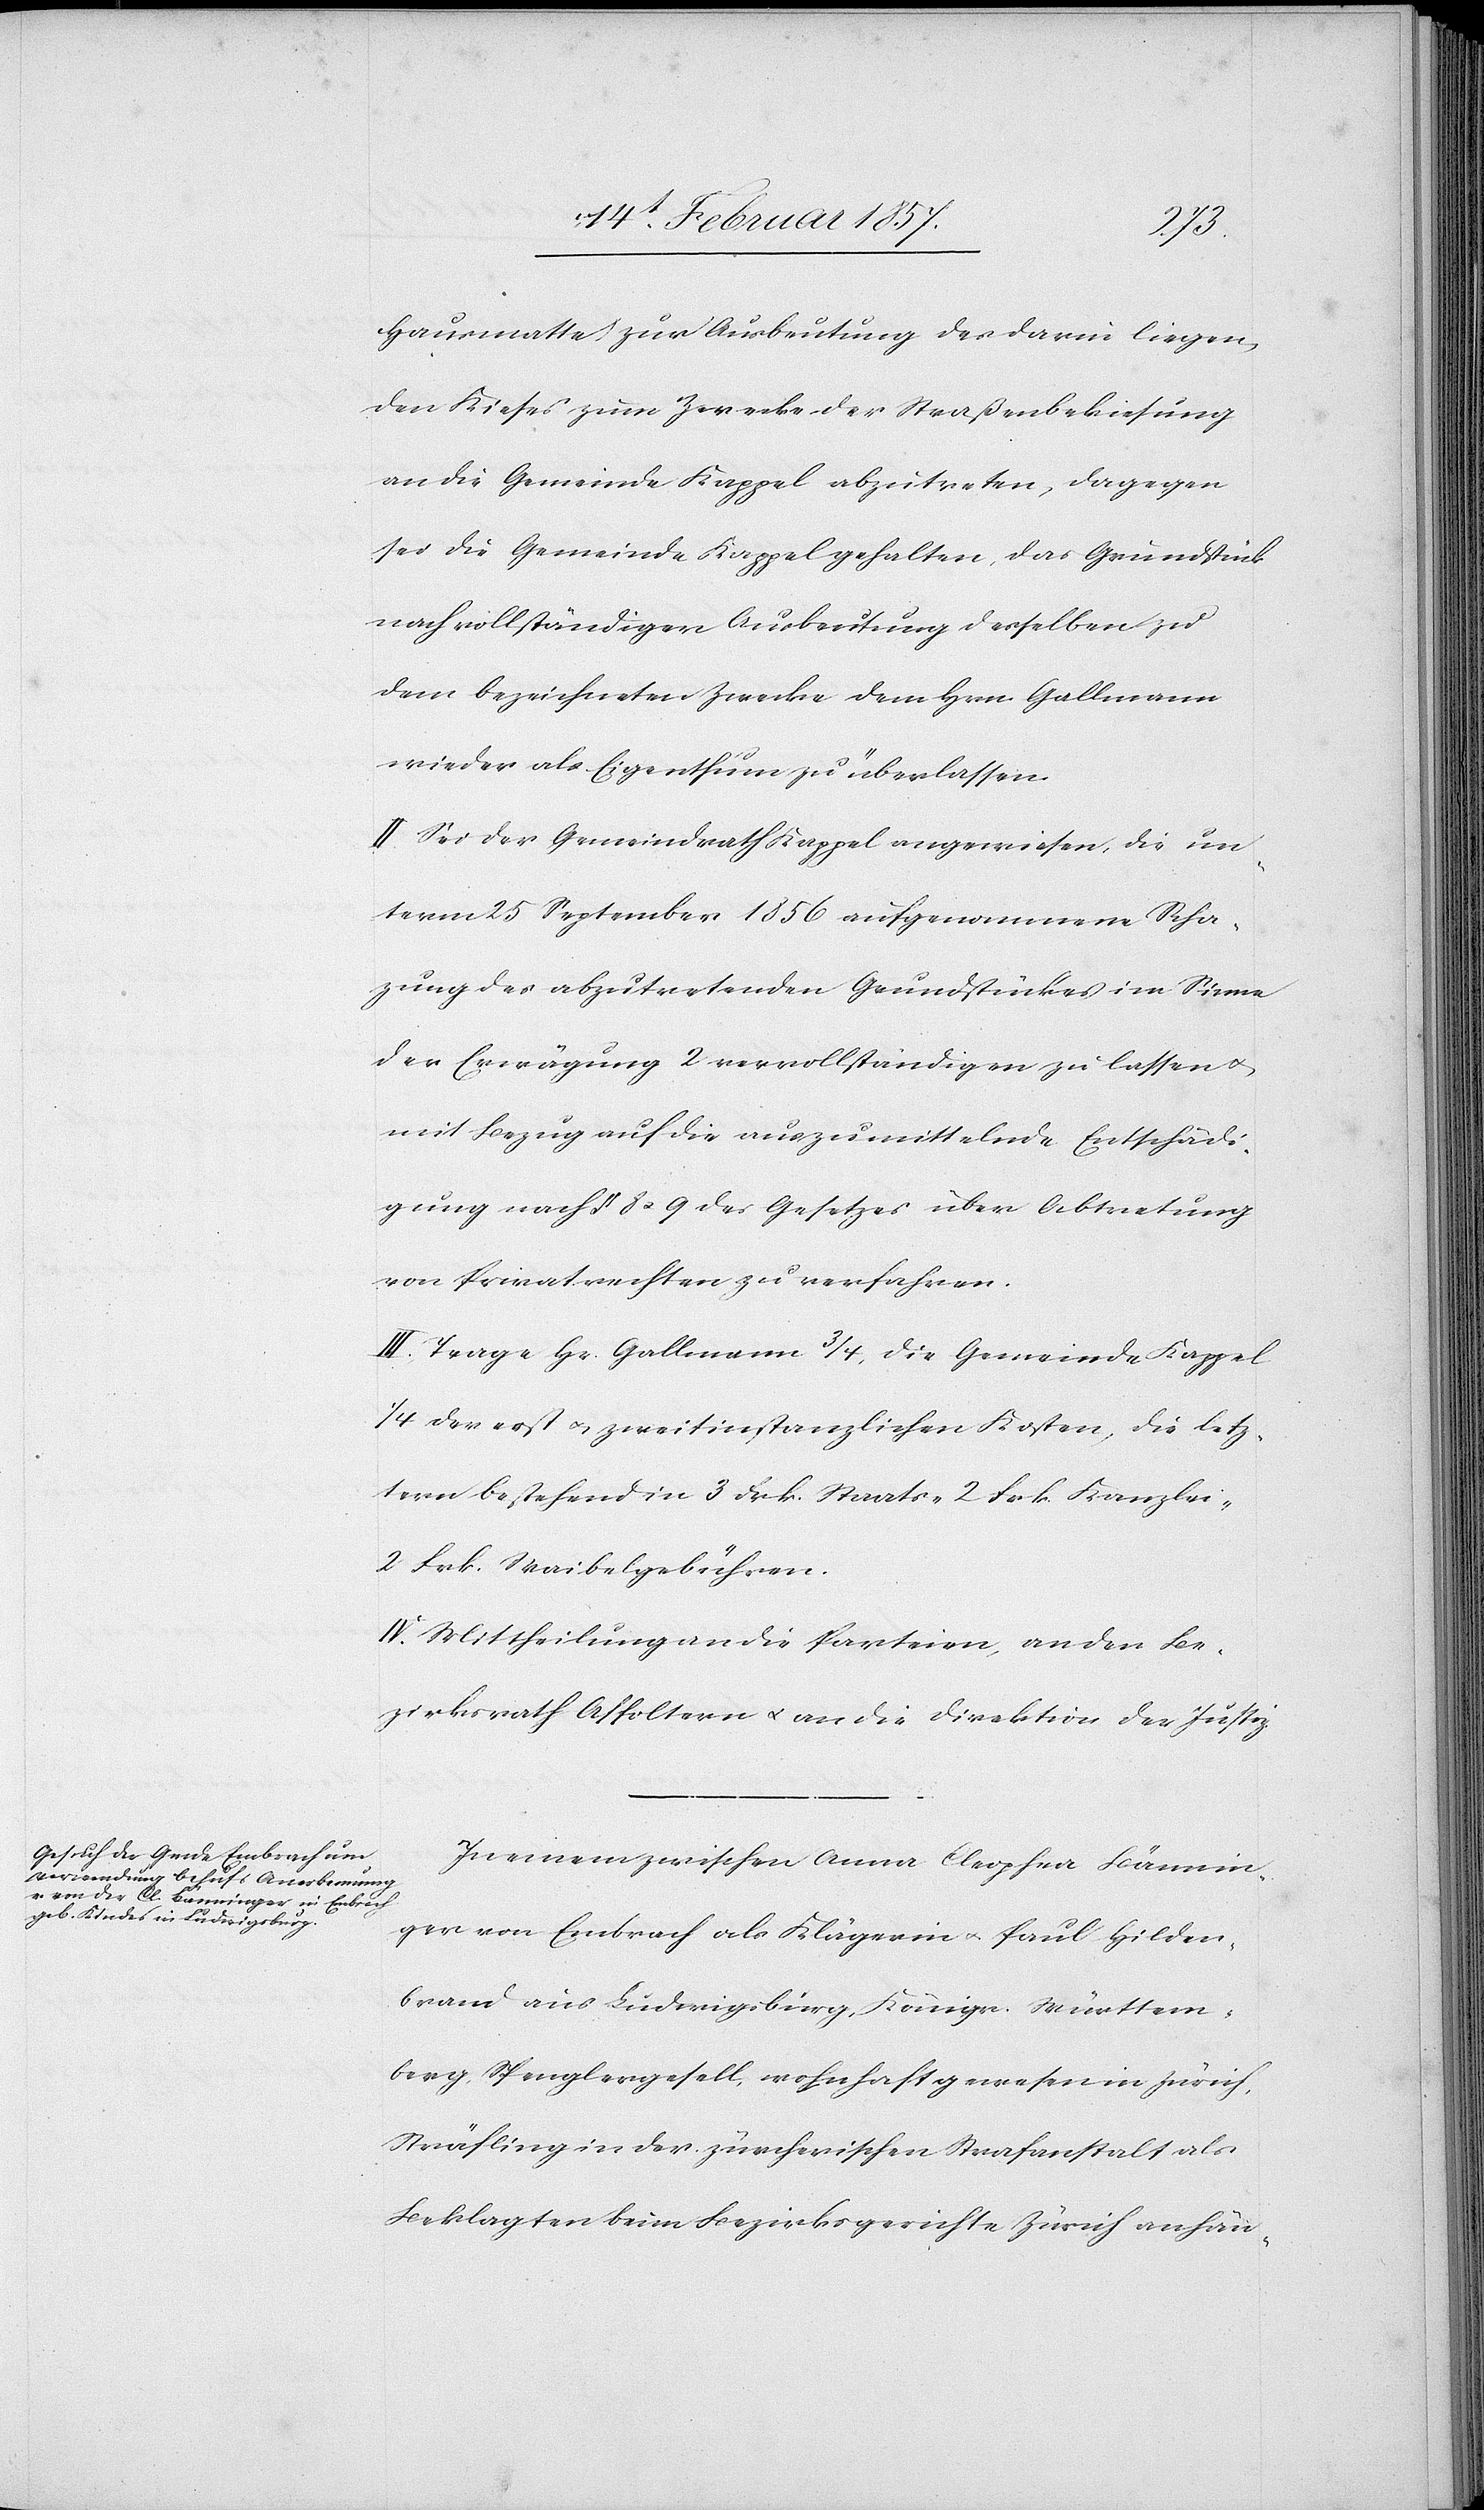
Hausmatte [sic!]) zur Ausbeutung des darin liegen¬
den Kieses zum Zwecke der Straßenbekiesung
an die Gemeinde Kappel abzutreten, dagegen
sei die Gemeinde Kappel gehalten, das Grundstück
nach vollständiger Ausbeutung desselben zu
dem bezeichneten Zwecke dem Hrn. Gallmann
wieder als Eigenthum zu überlassen.
II. Sei der Gemeindrath Kappel angewiesen, die un¬
term 25 September 1856 aufgenommene Scha¬
zung des abzutretenden Grundstückes im Sinne
der Erwägung 2 vervollständigen zu lassen u.
mit Bezug auf die auszumittelnde Entschädi¬
gung nach § 8 u. 9 des Gesetzes über Abtretung
von Privatrechten zu verfahren.
III. Trage Hr. Gallmann 3/4, die Gemeinde Kappel
1/4 der erst[-] u. zweitinstanzlichen Kosten, die letz¬
tern bestehend in 3 Frk. Staats-[,] 2 Frk. Kanzlei-[,]
2 Frk. Waibelgebühren.
IV. Mittheilung an die Parteien, an den Be¬
zirksrath Affoltern u. an die Direktion der Justiz.
In einem zwischen Anna Cleophea Bännin¬
ger von Embrach als Klägerin u. Paul Hilden¬
brand aus Ludwigsburg, Königr. Württem¬
berg, Spenglergesell, wohnhaft gewesen in Zürich,
Sträfling in der zürcherischen Strafanstalt als
Beklagten beim Bezirksgerichte Zürich anhän-